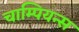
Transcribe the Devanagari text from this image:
चाम्पियन्स